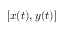
[ x ( t ) , y ( t ) ]